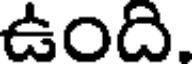
ఉంది.